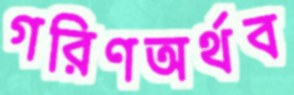
গরিণঅর্থব